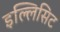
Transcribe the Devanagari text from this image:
इल्लिसिट